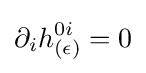
\partial _{i}h_{(\epsilon )}^{0i}=0